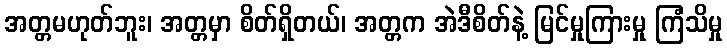
အတ္တမဟုတ်ဘူး၊ အတ္တမှာ စိတ်ရှိတယ်၊ အတ္တက အဲဒီစိတ်နဲ့ မြင်မှုကြားမှု ကြံသိမှု